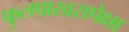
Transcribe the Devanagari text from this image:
फुलपाखरापेक्षा